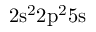
\mathrm { 2 s ^ { 2 } 2 p ^ { 2 } 5 s }